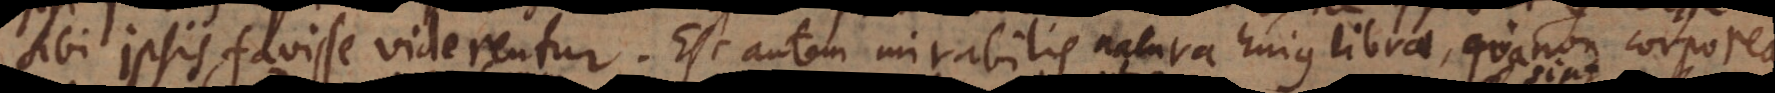
ipsis favisse viderentur. Est autem mirabilis natura hujus librae, qua non corporea